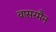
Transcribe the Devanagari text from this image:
वासरमैन